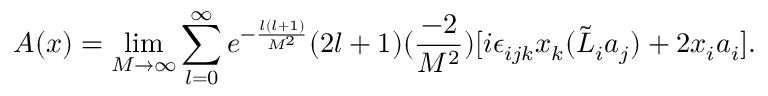
{ \cal A } ( x ) = \operatorname * { l i m } _ { M \rightarrow \infty } \sum _ { l = 0 } ^ { \infty } e ^ { - \frac { l ( l + 1 ) } { M ^ { 2 } } } ( 2 l + 1 ) ( \frac { - 2 } { M ^ { 2 } } ) [ i \epsilon _ { i j k } x _ { k } ( \tilde { \cal L } _ { i } a _ { j } ) + 2 x _ { i } a _ { i } ] .